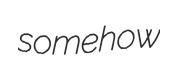
somehow